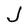
Character: J